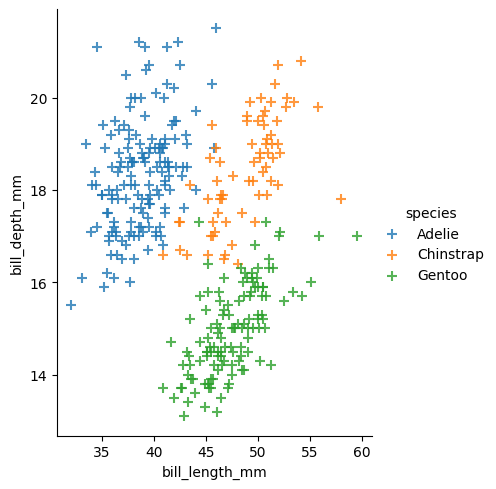
python, seaborn, lmplot, aspect=0.8, order=2, markers='+'